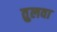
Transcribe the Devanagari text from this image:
तुलवा